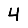
Digit: 4